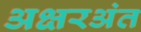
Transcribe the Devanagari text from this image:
अक्षरअंत